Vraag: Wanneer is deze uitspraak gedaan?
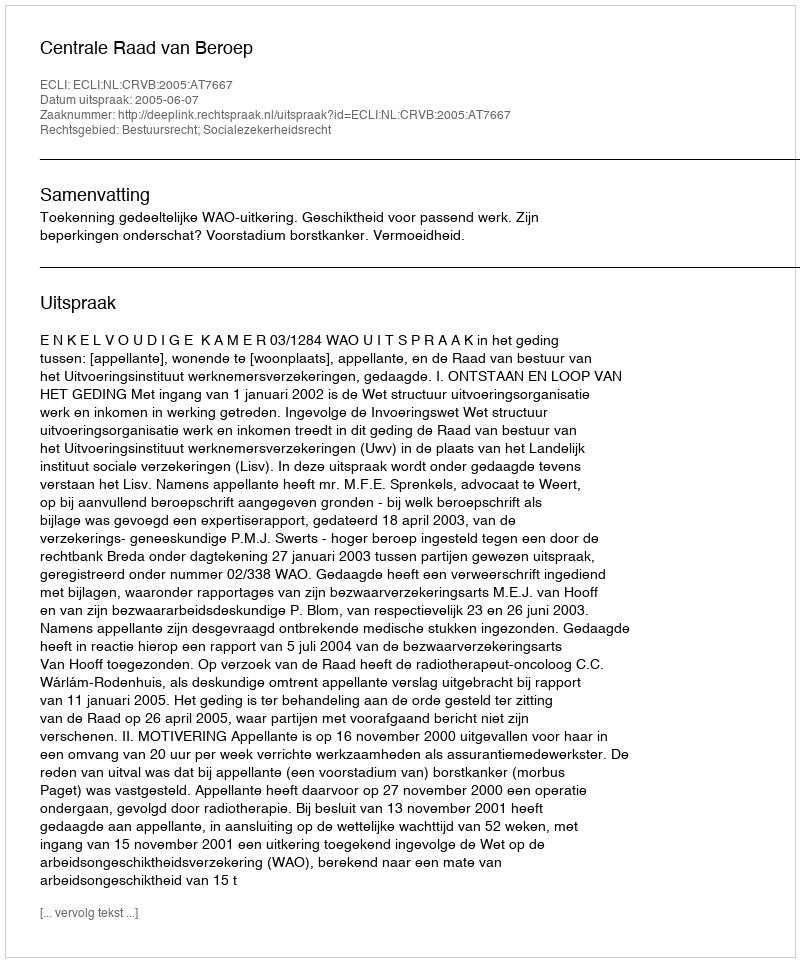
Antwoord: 2005-06-07